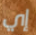
إي